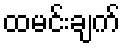
ထမင်းချက်